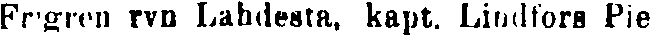
Frigren rvn Lahdesta, kapt. Lindfors Pie